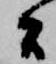
間